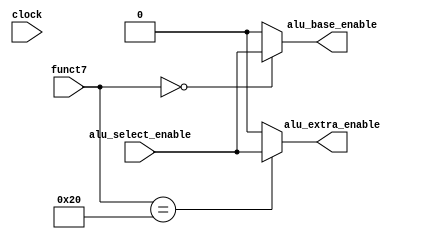
module alu_select(
	input            clock,
	input            alu_select_enable,
	input      [6:0] funct7, 
	output reg       alu_base_enable,
	output reg       alu_extra_enable);

   parameter [6:0] BASE   = 7'h0;
	parameter [6:0] EXTRA  = 7'h20; // 32 dec

	always @* begin
		case(funct7)
			BASE: alu_base_enable <= 1'b1 & alu_select_enable;
			default: alu_base_enable <= 1'b0;
		endcase
	end

	always @* begin
		case(funct7)
			EXTRA: alu_extra_enable <= 1'b1 & alu_select_enable;
			default: alu_extra_enable <= 1'b0;
		endcase
	end

endmodule